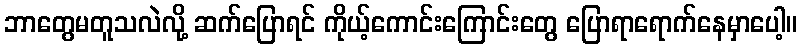
ဘာတွေမတူသလဲလို့ ဆက်ပြောရင် ကိုယ့်ကောင်းကြောင်းတွေ ပြောရာရောက်နေမှာပေါ့။